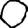
Digit: 0